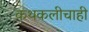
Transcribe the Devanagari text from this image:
कथकलीचाही